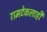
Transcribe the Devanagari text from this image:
रामटेकलाही